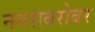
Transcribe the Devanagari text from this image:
नगराबरोबर